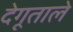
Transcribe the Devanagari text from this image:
देगूताले